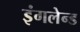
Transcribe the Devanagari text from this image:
इंगलेन्ड